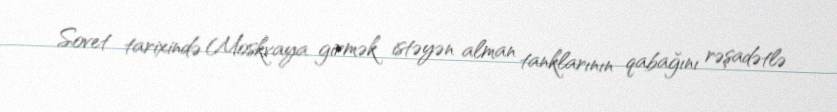
Sovet tarixində Moskvaya girmək istəyən alman tanklarının qabağını rəşadətlə